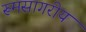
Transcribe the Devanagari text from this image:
रूमसागरीय